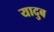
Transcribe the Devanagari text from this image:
यादुब